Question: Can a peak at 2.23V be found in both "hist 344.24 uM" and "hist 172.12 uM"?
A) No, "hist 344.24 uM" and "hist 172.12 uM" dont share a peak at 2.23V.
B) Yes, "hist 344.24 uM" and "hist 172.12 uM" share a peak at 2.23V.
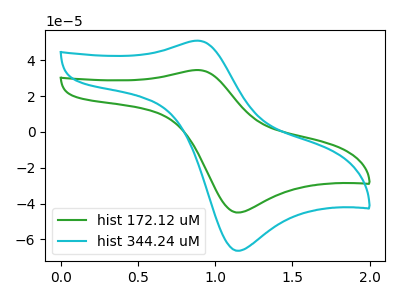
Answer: <think>The green curve "hist 172.12 uM" has an anodic peak at (0.90V, 34.55uA) and a cathodic peak at (1.15V, -44.95uA). The cyan curve "hist 344.24 uM" has an anodic peak at (0.90V, 50.95uA) and a cathodic peak at (1.15V, -66.30uA).</think>
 <answer>A) No, "hist 344.24 uM" and "hist 172.12 uM" dont share a peak at 2.23V.</answer>
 <eval>A</eval>